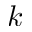
k